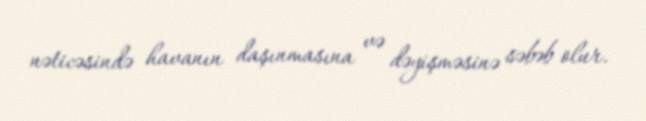
nəticəsində havanın daşınmasına və dəyişməsinə səbəb olur.